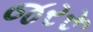
જરરૂ